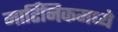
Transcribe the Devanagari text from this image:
मार्टिनिकमध्ये